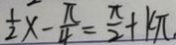
\frac { 1 } { 2 } x - \frac { \pi } { 4 } = \frac { x } { 2 } + k \pi